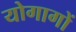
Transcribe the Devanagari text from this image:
योगागों